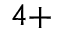
^ { 4 + }